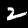
Label: 2